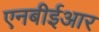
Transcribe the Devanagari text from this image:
एनबीईआर